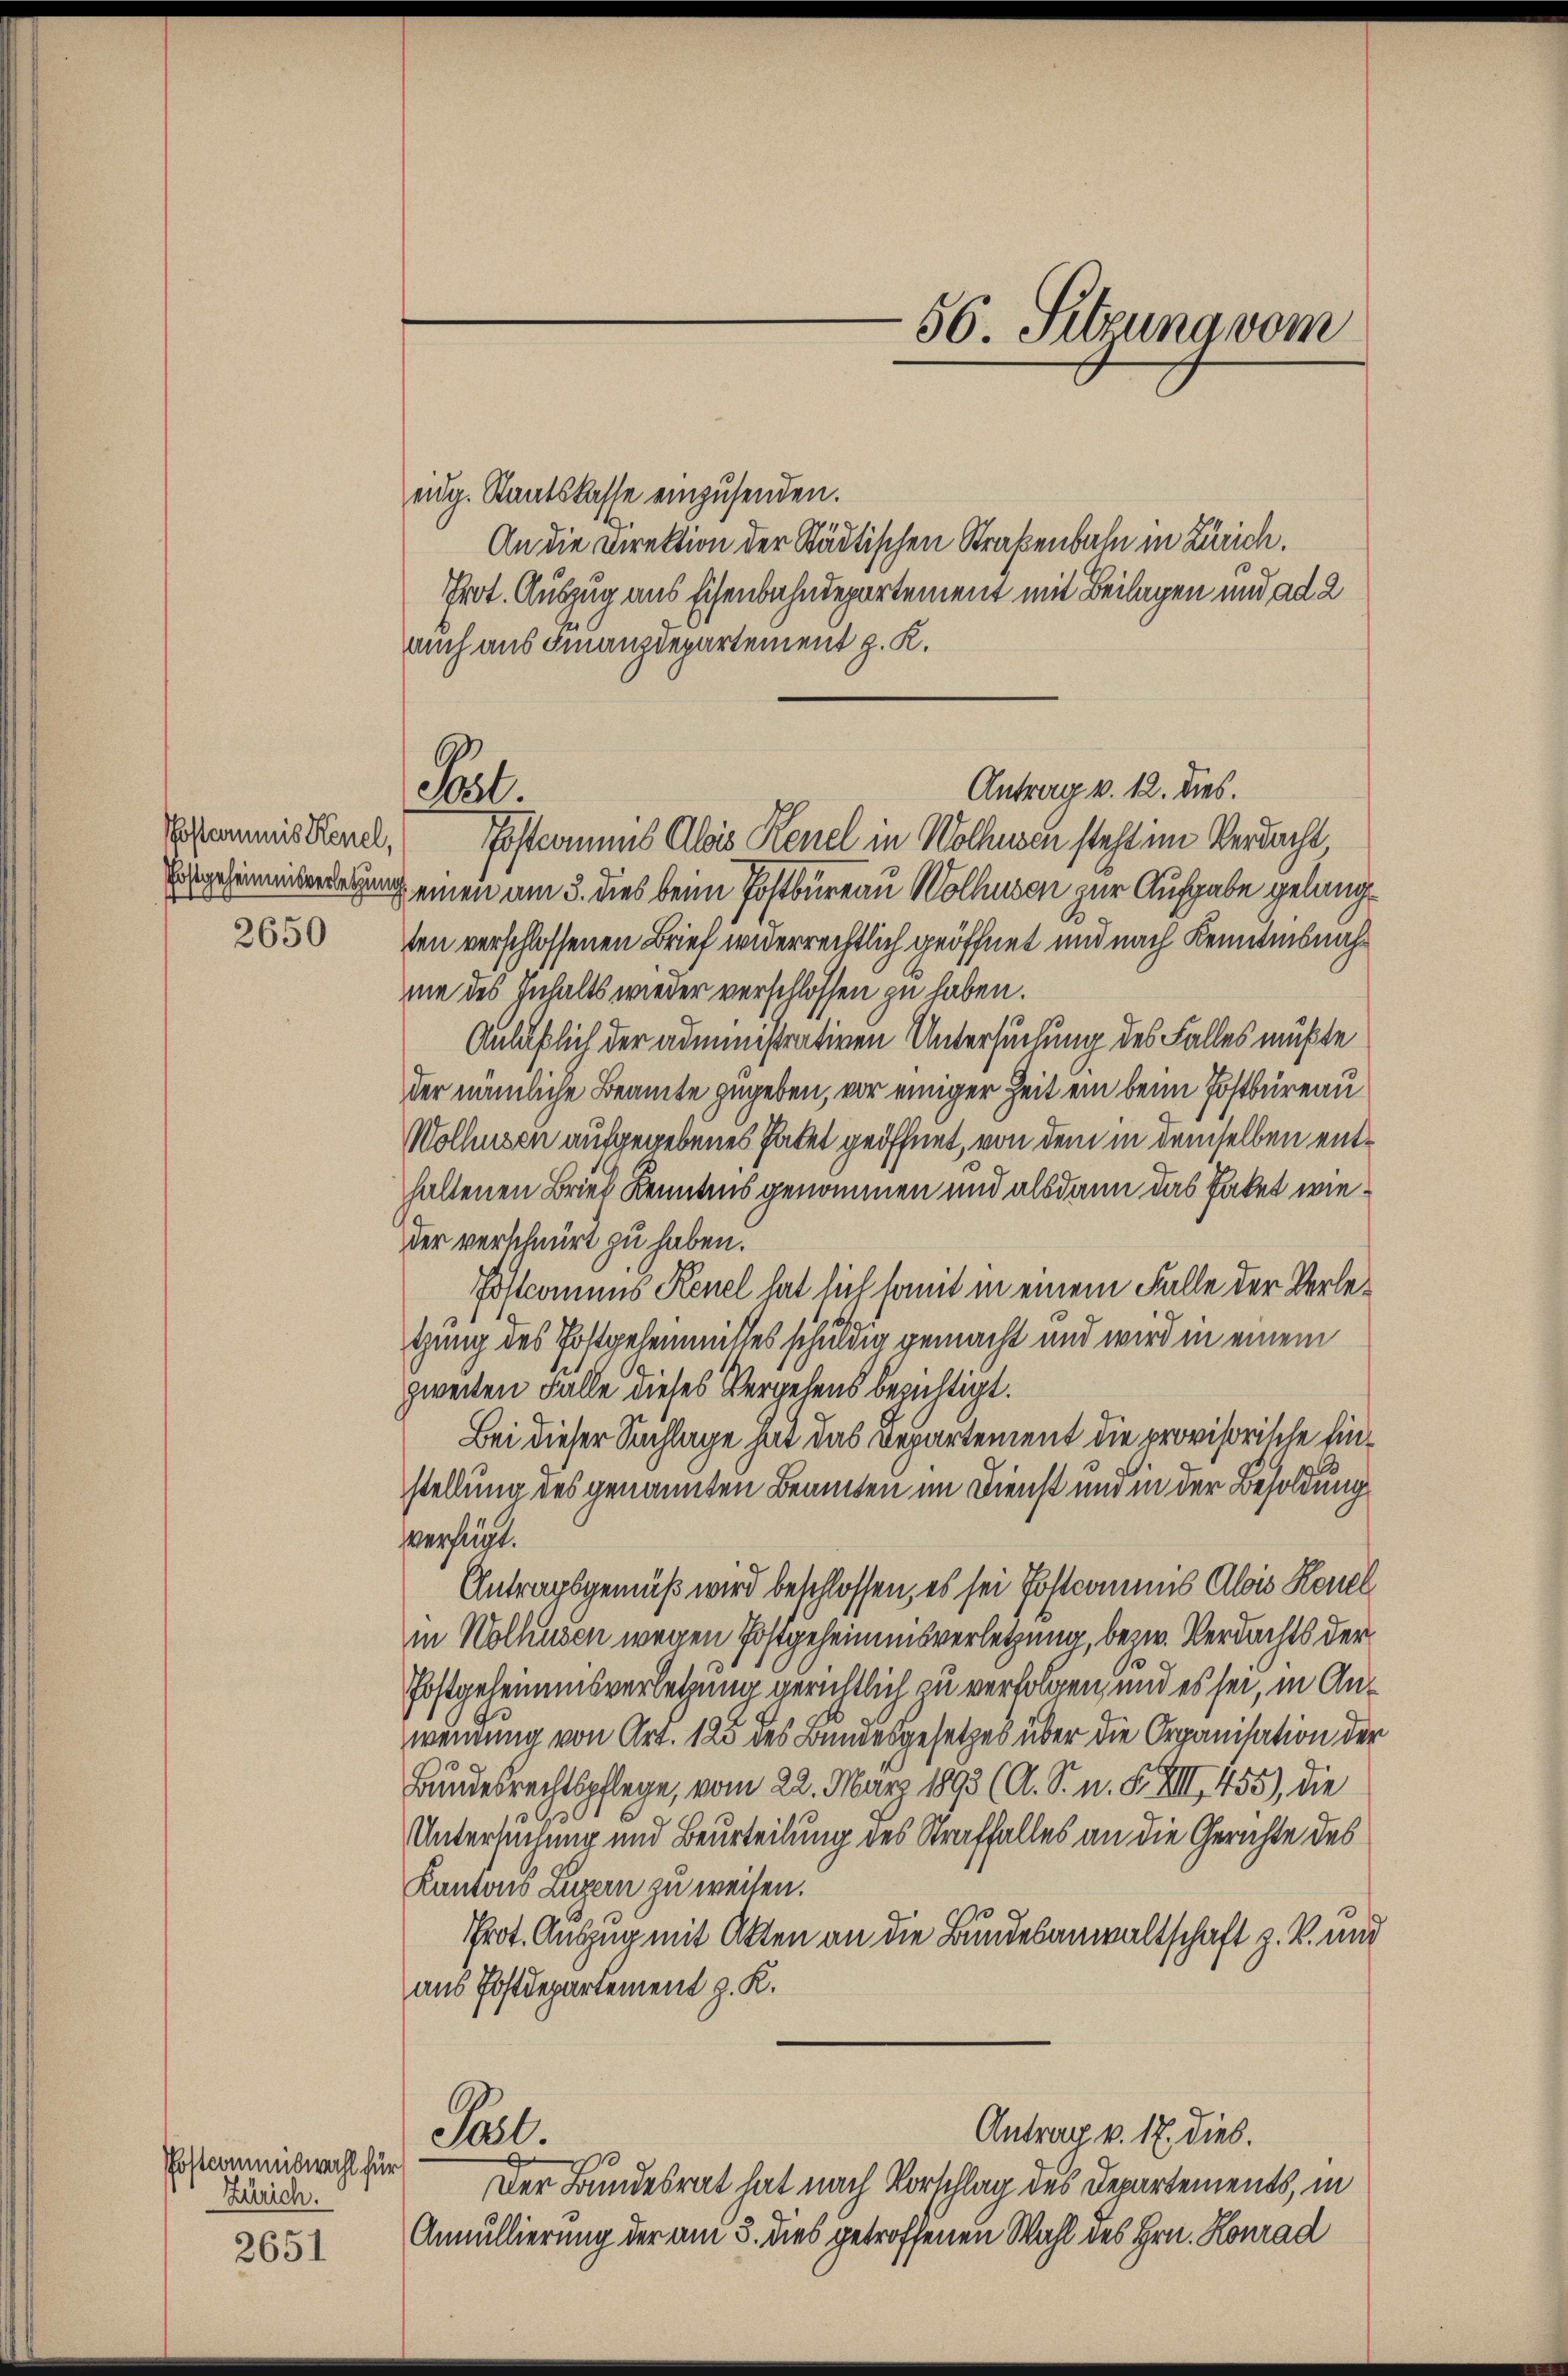
2650

Postcommiswahl für
Zürich.

2651

eidg. Staatskasse einzusenden.
An die Direktion der Städtischen Straßenbahn in Zürich.
Prot. Auszug aus Eisenbahndepartement mit Beilagen und ad 2
auch aus Finanzdepartement z. K.
Eisgeheinterregung einen am 3. dies beim Postbureau Wolhusen zur Aufgabe gelangten verschlossenen Brief widerrechtlich geöffnet und nach Kenntnisnahme des Inhalts wieder verschlossen zu haben.
Anläßlich der administrativen Untersuchung des Falles mußte
der nämliche Beamte zugeben, vor einiger Zeit ein beim Postbüreau
Wolhusen aufgegebenes Patet geöffnet, von dem in demselben enthaltenen Brief Kenntnis genommen und alsdann das Paket wieder verschnürt zu haben.
Postcomuns Kenel hat sich somit in einem Falle der Verle¬
19
tung des Postgehenmilles schuldig gemacht und wird in einem
zweiten Falle dieses Vergehens bezichtigt.
Bei dieser Sachlage hat das Departement die provisorische Einstellung des genannten Beamten im Dienst und in der Besoldung
verfügt.
Antragsgemäß wird beschlossen, es sei Postcommis Alois Keuel
in Wolhusen wegen Postgeheimisverletzung, bezw. Verdachts der
Postgeheimisverletzung gerichtlich zu verfolgen, und es sei, in Anwendung von Art. 125 des Bundesgesetzes über die Organisation der
Bundesrechtspflege, vom 22. März 1893 (A. S. n. F. VIII 455), die
.
Untersuchung und Beurteilung des Straffalles an die Gerichte des
Kantons Luzern zu weisen.
Prot. Auszug mit Akten an die Bundesanwaltschaft z. B. mir
aus Postdepartement z. K.
Antrag v. 17. dies.
Pat.
Der Bundesrat hat nach Vorschlag des Departements, in
Annullierung der am 3. dies getroffenen Wahl des Hrn. Konrad

Pul.
Sosommis Kerl, Postcommens Alois Reuel in Wolhusen steht im Verdacht

56. Sitzung vom

Antrag v. 12. dies.